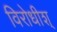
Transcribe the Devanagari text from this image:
विरोधीश्